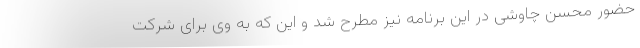
حضور محسن چاوشی در این برنامه نیز مطرح شد و این که به وی برای شرکت